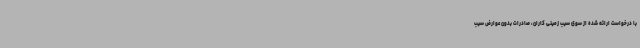
با درخواست ارائه شده از سوی سیب زمینی کاران، صادرات بدون عوارض سیب